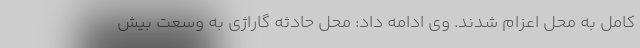
کامل به محل اعزام شدند. وی ادامه داد: محل حادثه گاراژی به وسعت بیش